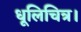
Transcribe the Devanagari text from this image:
धूलिचित्र।